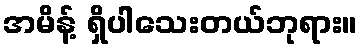
အမိန့် ရှိပါသေးတယ်ဘုရား။